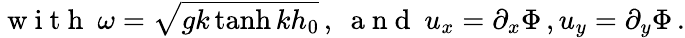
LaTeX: \mathrm{~w~i~t~h~\ }\omega=\sqrt{gk\operatorname{tanh}kh_{0}}\, ,\mathrm{~\ a~n~d~\ }u_{x}=\partial_{x}\Phi\, ,u_{y}=\partial_{y}\Phi\, .